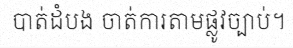
បាត់ដំបង ចាត់ការតាមផ្លូវច្បាប់។